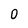
Character: 0